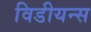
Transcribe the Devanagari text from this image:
विडीयन्स